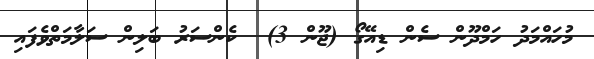
މުހައްމަދު ހަމްދޫން ސެން ޑިއޭގޯ (ޖޫން 3)  ކެންސަރު ބަލިން ސަލާމަތްވެފައި